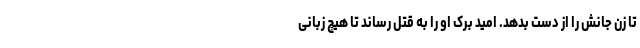
تا زن جانش را از دست بدهد. امید برک او را به قتل رساند تا هیچ زبانی